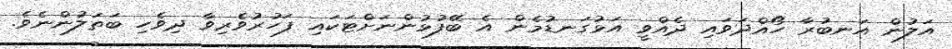
އަލުން އަނބުރާ ހޯއްދަވައި ދެއްވީ އަޅުގަނޑުމެން އެ ބޭފުޅުންނަށްޓަކައި ފަހުރުވެރިވާ ދިވެހި ބަތަލުންނެވެ.